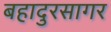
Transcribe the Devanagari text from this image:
बहादुरसागर